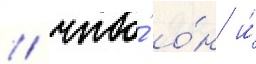
/ что́ о́н и́